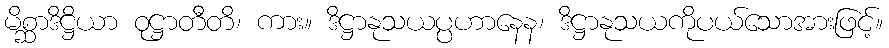
မိစ္ဆာဒိဋ္ဌိယာ ဝုဋ္ဌာတီတိ၊ ကား။ ဒိဋ္ဌာနုသယပ္ပဟာနေန၊ ဒိဋ္ဌာနုသယကိုပယ်သောအားဖြင့်။